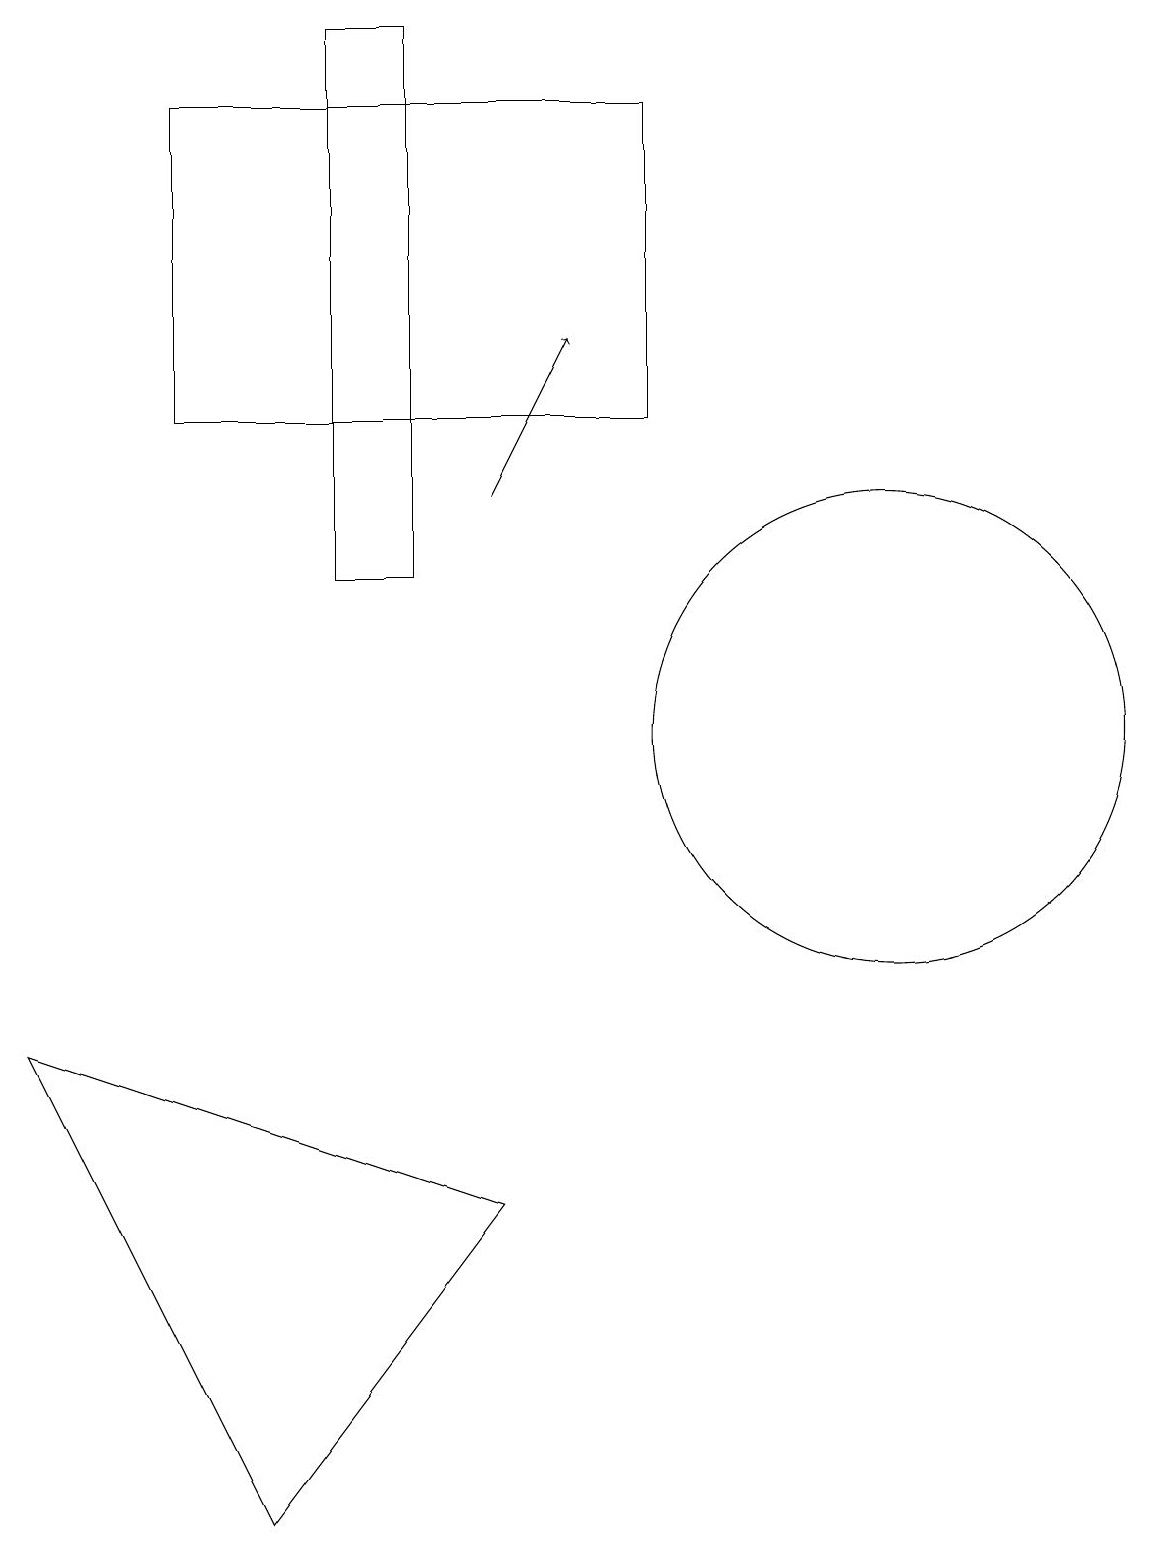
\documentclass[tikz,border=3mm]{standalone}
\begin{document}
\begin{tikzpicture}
\draw (11,10) circle (3);
\draw[->] (6,13) -- (7,15);
\draw (8,18) rectangle (2,14);
\draw (3,0) -- (6,4) -- (0,6) -- cycle;
\draw (5,19) rectangle (4,12);
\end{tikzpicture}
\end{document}